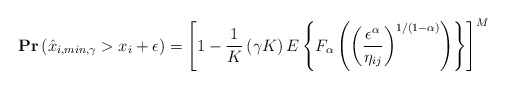
\begin{align*}\mathbf{Pr}\left(\hat{x}_{i,min,\gamma}> x_i + \epsilon\right) =\left[1- \frac{1}{K}\left(\gamma K\right) E\left\{F_\alpha\left(\left(\frac{\epsilon^\alpha}{\eta_{ij}}\right)^{1/(1-\alpha)}\right)\right\}\right]^M\end{align*}